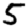
Digit: 5